Source: Handwritten
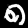
Digit: ၈ (8)